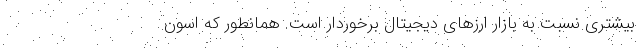
بیشتری نسبت به بازار ارزهای دیجیتال برخوردار است. همانطور که اسون